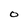
Character: O